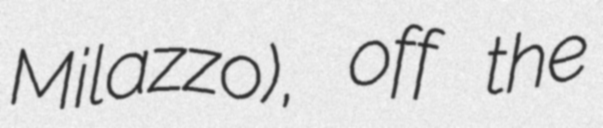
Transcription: Milazzo), off the